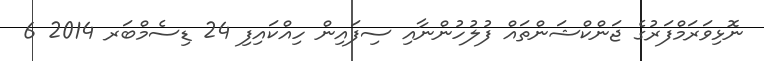
ނޮޅިވަރަމްފަރުގެ ޖަންކްޝަންތައް ފުލުހުންނާއި ސިފައިން ހިއްކައިފި 24 ޑިސެމްބަރ 2014 6